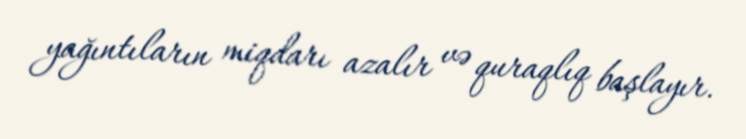
yağıntıların miqdarı azalır və quraqlıq başlayır.